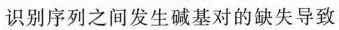
识别序列之间发生碱基对的缺失导致